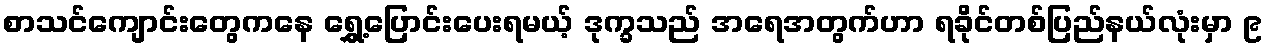
စာသင်ကျောင်းတွေကနေ ရွှေ့ပြောင်းပေးရမယ့် ဒုက္ခသည် အရေအတွက်ဟာ ရခိုင်တစ်ပြည်နယ်လုံးမှာ ၉